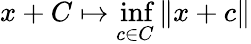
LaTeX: x+C\mapsto\operatorname*{inf}_{c\in C}\| x+c\|